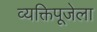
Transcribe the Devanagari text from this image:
व्यक्तिपूजेला